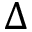
\Delta